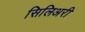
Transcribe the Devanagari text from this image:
सिलिअरी